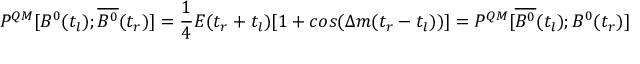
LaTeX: P ^ { Q M } [ B ^ { 0 } ( t _ { l } ) ; \overline { { { B ^ { 0 } } } } ( t _ { r } ) ] = \frac { 1 } { 4 } E ( t _ { r } + t _ { l } ) [ 1 + c o s ( \Delta m ( t _ { r } - t _ { l } ) ) ] = P ^ { Q M } [ \overline { { { B ^ { 0 } } } } ( t _ { l } ) ; B ^ { 0 } ( t _ { r } ) ]